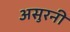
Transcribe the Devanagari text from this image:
असुरनी